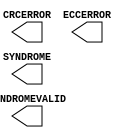
// This program was cloned from: https://github.com/jhshi/openofdm
// License: Apache License 2.0

///////////////////////////////////////////////////////////////////////////////
// Copyright (c) 1995/2004 Xilinx, Inc.
// All Right Reserved.
///////////////////////////////////////////////////////////////////////////////
//   ____  ____
//  /   /\/   /
// /___/  \  /    Vendor : Xilinx
// \   \   \/     Version : 10.1
//  \   \         Description : Xilinx Functional Simulation Library Component
//  /   /
// /___/   /\     Filename : FRAME_ECC_VIRTEX5.v
// \   \  /  \    Timestamp : Thu Jul 21 13:42:30 PDT 2005
//  \___\/\___\
//
// Revision:
//    07/21/05 - Initial version.
// End Revision

`timescale 1 ps / 1 ps 

module FRAME_ECC_VIRTEX5 (
	CRCERROR,
	ECCERROR,
	SYNDROME,
	SYNDROMEVALID
);

output CRCERROR;
output ECCERROR;
output SYNDROMEVALID;
output [11:0] SYNDROME;

specify
	specparam PATHPULSE$ = 0;
endspecify

endmodule